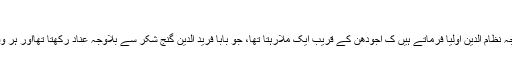
ٹیکسی سروس …
لاہور(ویب ڈیسک)حضرت خواجہ نظام الدین اولیاؒ فرماتے ہیں ک اجودھن کے قریب ایک ملارہتا تھا، جو بابا فرید الدین گنج شکرؒ سے بلاوجہ عناد رکھتا تھااور ہر وقت ان کی مخالفت کرتا رہتا تھا۔